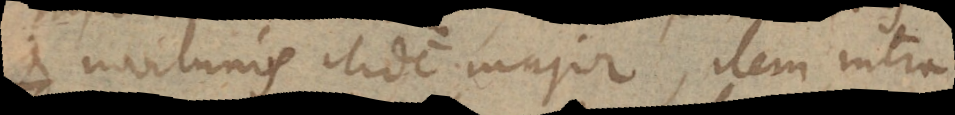
et noviluniis itidem major, item intra